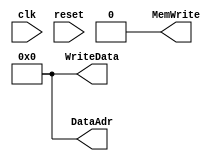

// Generated by Cadence Genus(TM) Synthesis Solution 20.11-s111_1
// Generated on: Nov  3 2023 10:12:30 IST (Nov  3 2023 04:42:30 UTC)

// Verification Directory fv/top 

module top(clk, reset, WriteData, DataAdr, MemWrite);
  input clk, reset;
  output [31:0] WriteData, DataAdr;
  output MemWrite;
  wire clk, reset;
  wire [31:0] WriteData, DataAdr;
  wire MemWrite;
  assign MemWrite = 1'b0;
  assign DataAdr[0] = 1'b0;
  assign DataAdr[1] = 1'b0;
  assign DataAdr[2] = 1'b0;
  assign DataAdr[3] = 1'b0;
  assign DataAdr[4] = 1'b0;
  assign DataAdr[5] = 1'b0;
  assign DataAdr[6] = 1'b0;
  assign DataAdr[7] = 1'b0;
  assign DataAdr[8] = 1'b0;
  assign DataAdr[9] = 1'b0;
  assign DataAdr[10] = 1'b0;
  assign DataAdr[11] = 1'b0;
  assign DataAdr[12] = 1'b0;
  assign DataAdr[13] = 1'b0;
  assign DataAdr[14] = 1'b0;
  assign DataAdr[15] = 1'b0;
  assign DataAdr[16] = 1'b0;
  assign DataAdr[17] = 1'b0;
  assign DataAdr[18] = 1'b0;
  assign DataAdr[19] = 1'b0;
  assign DataAdr[20] = 1'b0;
  assign DataAdr[21] = 1'b0;
  assign DataAdr[22] = 1'b0;
  assign DataAdr[23] = 1'b0;
  assign DataAdr[24] = 1'b0;
  assign DataAdr[25] = 1'b0;
  assign DataAdr[26] = 1'b0;
  assign DataAdr[27] = 1'b0;
  assign DataAdr[28] = 1'b0;
  assign DataAdr[29] = 1'b0;
  assign DataAdr[30] = 1'b0;
  assign DataAdr[31] = 1'b0;
  assign WriteData[0] = 1'b0;
  assign WriteData[1] = 1'b0;
  assign WriteData[2] = 1'b0;
  assign WriteData[3] = 1'b0;
  assign WriteData[4] = 1'b0;
  assign WriteData[5] = 1'b0;
  assign WriteData[6] = 1'b0;
  assign WriteData[7] = 1'b0;
  assign WriteData[8] = 1'b0;
  assign WriteData[9] = 1'b0;
  assign WriteData[10] = 1'b0;
  assign WriteData[11] = 1'b0;
  assign WriteData[12] = 1'b0;
  assign WriteData[13] = 1'b0;
  assign WriteData[14] = 1'b0;
  assign WriteData[15] = 1'b0;
  assign WriteData[16] = 1'b0;
  assign WriteData[17] = 1'b0;
  assign WriteData[18] = 1'b0;
  assign WriteData[19] = 1'b0;
  assign WriteData[20] = 1'b0;
  assign WriteData[21] = 1'b0;
  assign WriteData[22] = 1'b0;
  assign WriteData[23] = 1'b0;
  assign WriteData[24] = 1'b0;
  assign WriteData[25] = 1'b0;
  assign WriteData[26] = 1'b0;
  assign WriteData[27] = 1'b0;
  assign WriteData[28] = 1'b0;
  assign WriteData[29] = 1'b0;
  assign WriteData[30] = 1'b0;
  assign WriteData[31] = 1'b0;
endmodule